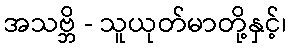
အသဗ္ဘိ - သူယုတ်မာတို့နှင့်၊